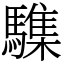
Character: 䮶